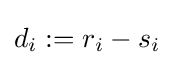
d_{i}:=r_{i}-s_{i}